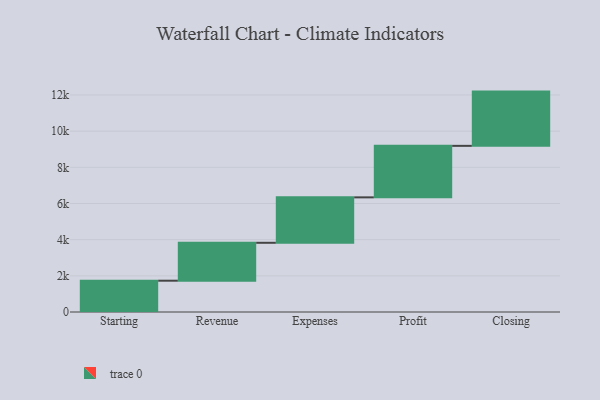
{"axis": {"x": "Step", "y": "Value"}, "legend": [""], "data": [{"x": "Starting", "y": 1731.0, "type": ""}, {"x": "Revenue", "y": 2096.0, "type": ""}, {"x": "Expenses", "y": 2512.0, "type": ""}, {"x": "Profit", "y": 2848.0, "type": ""}, {"x": "Closing", "y": 3000, "type": ""}]}